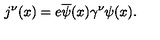
j ^ { \nu } ( x ) = e \overline { { \psi } } ( x ) \gamma ^ { \nu } \psi ( x ) .